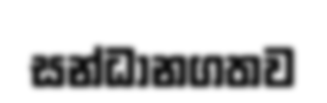
සන්ධානගතව